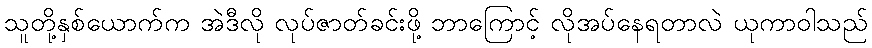
သူတို့နှစ်ယောက်က အဲဒီလို လုပ်ဇာတ်ခင်းဖို့ ဘာကြောင့် လိုအပ်နေရတာလဲ ယုကာဝါသည်